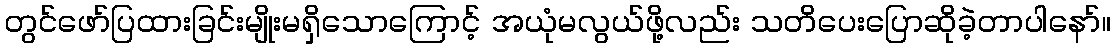
တွင်ဖော်ပြထားခြင်းမျိုးမရှိသောကြောင့် အယုံမလွယ်ဖို့လည်း သတိပေးပြောဆိုခဲ့တာပါနော်။